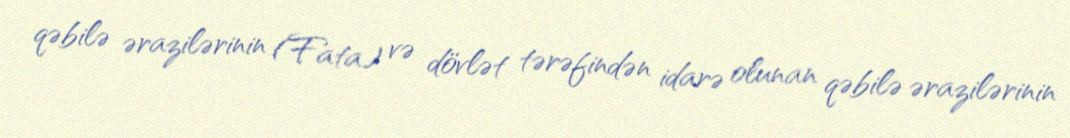
qəbilə ərazilərinin (Fata) və dövlət tərəfindən idarə olunan qəbilə ərazilərinin